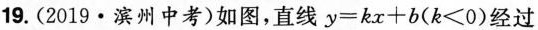
19.(2019 · 滨州中考)如图，直线$$y = k x + b ( k ＜ 0 )$$经过